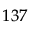
^ { 1 3 7 }